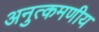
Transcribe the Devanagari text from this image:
अनुत्कमणीय